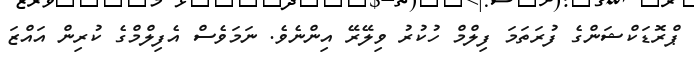
ޕްރޮޑަކްޝަންގެ ފުރަތަމަ ފިލްމް ހުކުރު ވިލޭރޭ އިންނެވެ. ނަމަވެސް އެފިލްމްގެ ކުރިން އައްޒަ